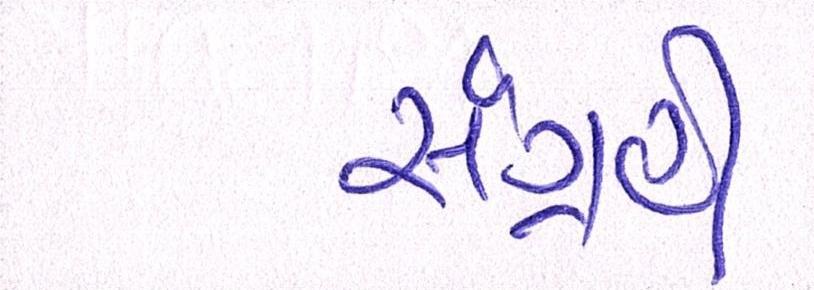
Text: સંગ્રહી